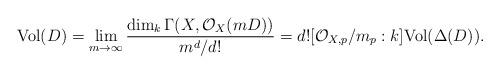
LaTeX: \begin{align*}{\rm Vol}(D)=\lim_{m\rightarrow \infty}\frac{\dim_k\Gamma(X,\mathcal O_X(mD))}{m^d/d!}=d![\mathcal O_{X,p}/m_p:k]{\rm Vol}(\Delta(D)).\end{align*}